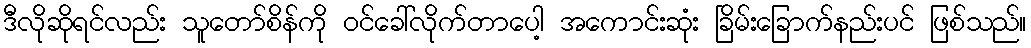
ဒီလိုဆိုရင်လည်း သူတော်စိန်ကို ဝင်ခေါ်လိုက်တာပေါ့ အကောင်းဆုံး ခြိမ်းခြောက်နည်းပင် ဖြစ်သည်။